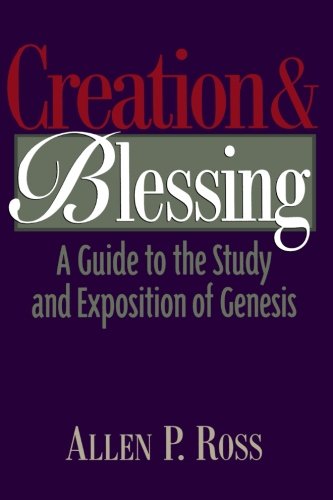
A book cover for Creation and Blessing: A Guide to the Study and Exposition of Genesis; Allen P. Ross; Christian Books & Bibles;